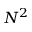
N ^ { 2 }